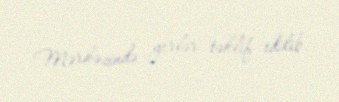
Mərkəzində yerlər təklif edilib.